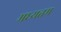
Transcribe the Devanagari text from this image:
मध्यतम